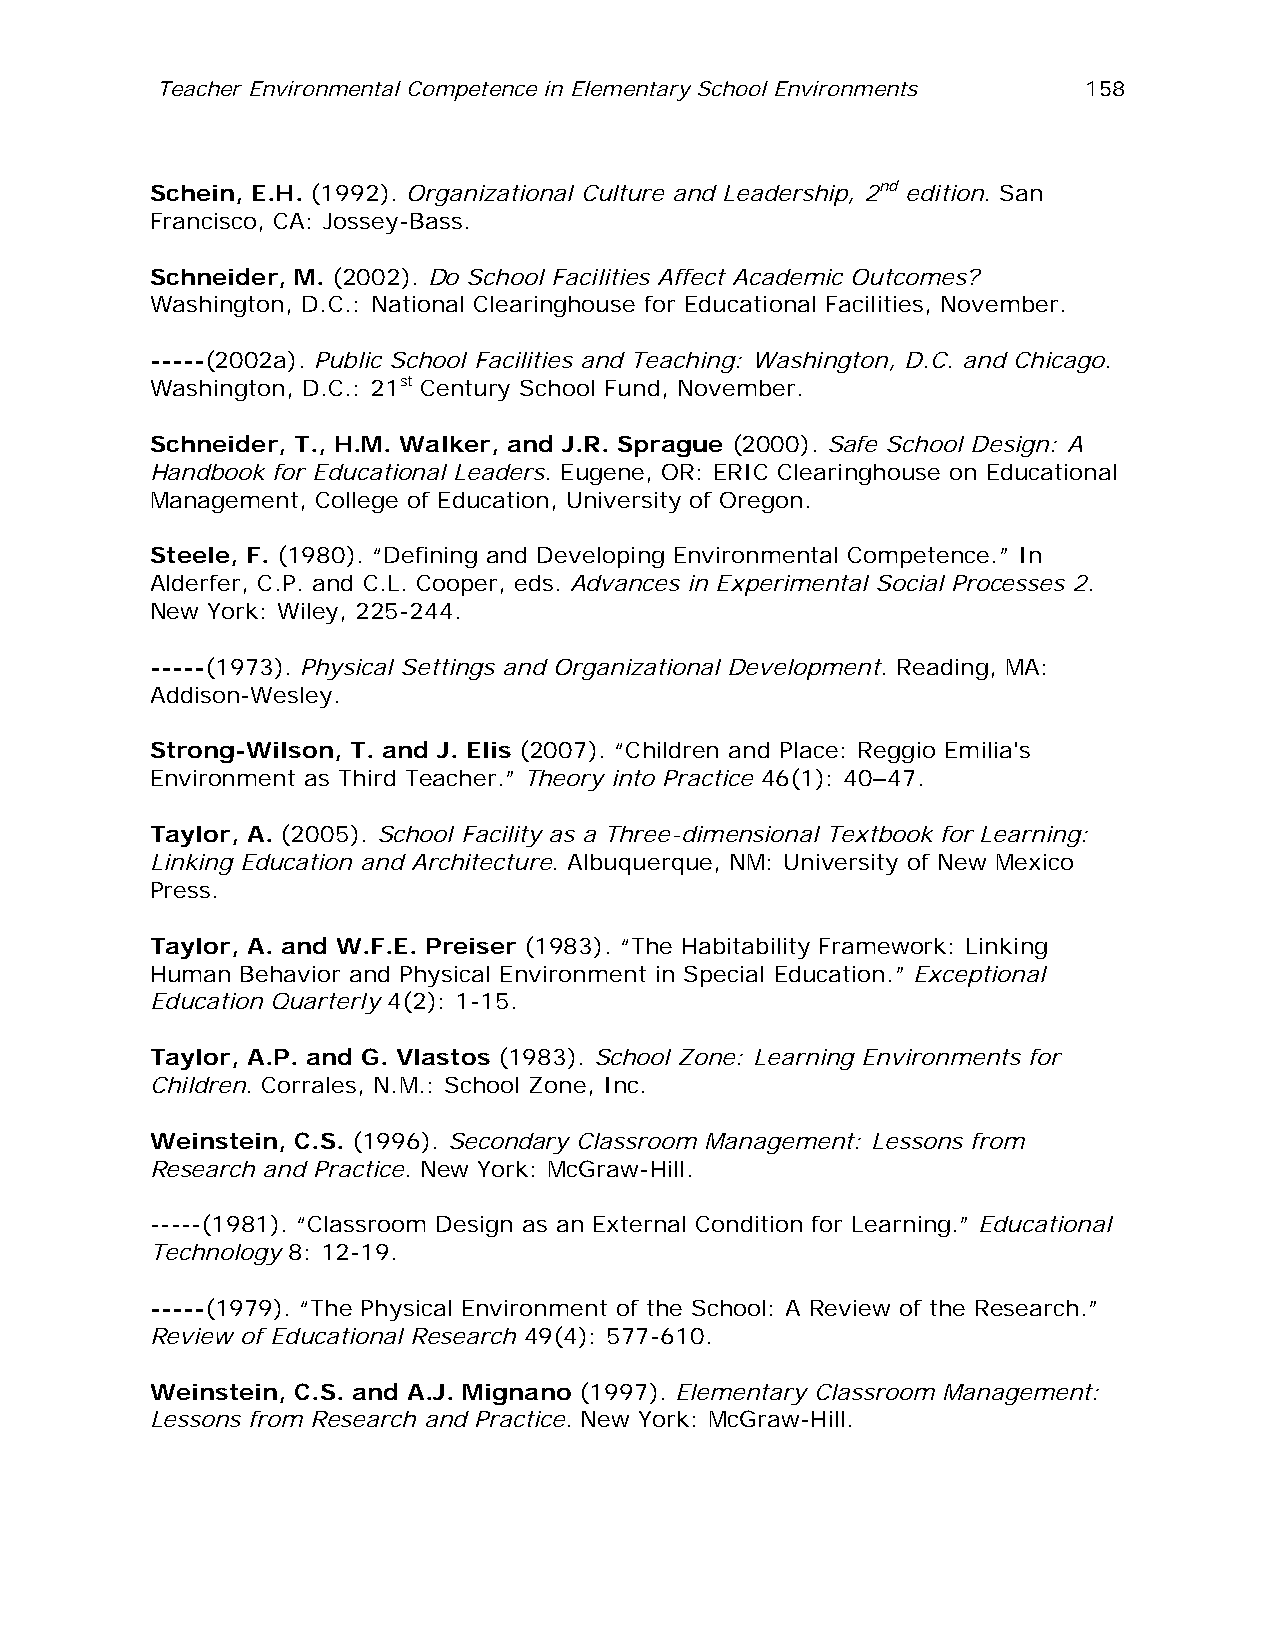
Teacher Environmental Competence in Elementary School Environments 158
 Schein, E.H. (1992). Organizational Culture and Leadership, 2nd edition. San
 Francisco, CA: Jossey-Bass.
 Schneider, M. (2002). Do School Facilities Affect Academic Outcomes?
 Washington, D.C.: National Clearinghouse for Educational Facilities, November.
 -----(2002a). Public School Facilities and Teaching: Washington, D.C. and Chicago.
 Washington, D.C.: 21st Century School Fund, November.
 Schneider, T., H.M. Walker, and J.R. Sprague (2000). Safe School Design: A
 Handbook for Educational Leaders. Eugene, OR: ERIC Clearinghouse on Educational
 Management, College of Education, University of Oregon.
 Steele, F. (1980). “Defining and Developing Environmental Competence.” In
 Alderfer, C.P. and C.L. Cooper, eds. Advances in Experimental Social Processes 2.
 New York: Wiley, 225-244.
 -----(1973). Physical Settings and Organizational Development. Reading, MA:
 Addison-Wesley.
 Strong-Wilson, T. and J. Elis (2007). “Children and Place: Reggio Emilia's
 Environment as Third Teacher.” Theory into Practice 46(1): 40–47.
 Taylor, A. (2005). School Facility as a Three-dimensional Textbook for Learning:
 Linking Education and Architecture. Albuquerque, NM: University of New Mexico
 Press.
 Taylor, A. and W.F.E. Preiser (1983). “The Habitability Framework: Linking
 Human Behavior and Physical Environment in Special Education.” Exceptional
 Education Quarterly 4(2): 1-15.
 Taylor, A.P. and G. Vlastos (1983). School Zone: Learning Environments for
 Children. Corrales, N.M.: School Zone, Inc.
 Weinstein, C.S. (1996). Secondary Classroom Management: Lessons from
 Research and Practice. New York: McGraw-Hill.
 -----(1981). “Classroom Design as an External Condition for Learning.” Educational
 Technology 8: 12-19.
 -----(1979). “The Physical Environment of the School: A Review of the Research.”
 Review of Educational Research 49(4): 577-610.
 Weinstein, C.S. and A.J. Mignano (1997). Elementary Classroom Management:
 Lessons from Research and Practice. New York: McGraw-Hill.